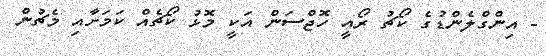
- އިންގްލެންޑުގެ ކޯޗު ރޯއީ ހޮޖްސަން އަކީ މޮޅު ކޯޗެއް ކަމަށާއި މެޗުން